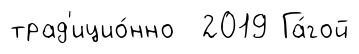
трад'ицио́нно 2019 Га́гой